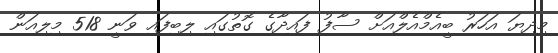
މިދިޔަ އަހަރު ބީއެމްއެލްއަށް ސާފު ފައިދާގެ ގޮތުގައި ލިބިފައި ވަނީ 518 މިލިއަން